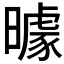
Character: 𱢮